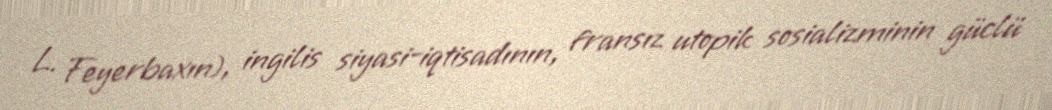
L. Feyerbaxın), ingilis siyasi-iqtisadının, fransız utopik sosializminin güclü